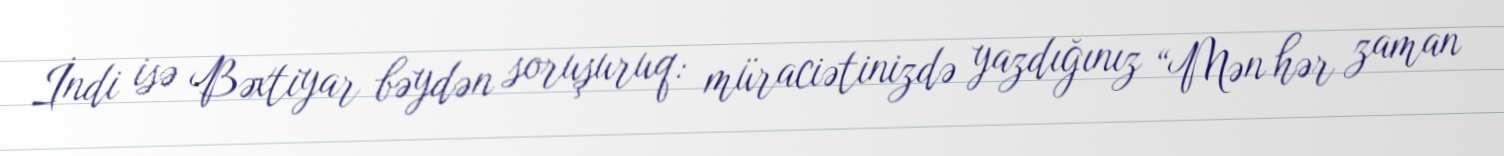
İndi isə Bəxtiyar bəydən soruşuruq: müraciətinizdə yazdığınız “Mən hər zaman